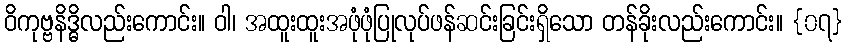
ဝိကုဗ္ဗနိဒ္ဓိလည်းကောင်း။ ဝါ၊ အထူးထူးအဖုံဖုံပြုလုပ်ဖန်ဆင်းခြင်းရှိသော တန်ခိုးလည်းကောင်း။ {၀၇}